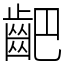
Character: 䶕